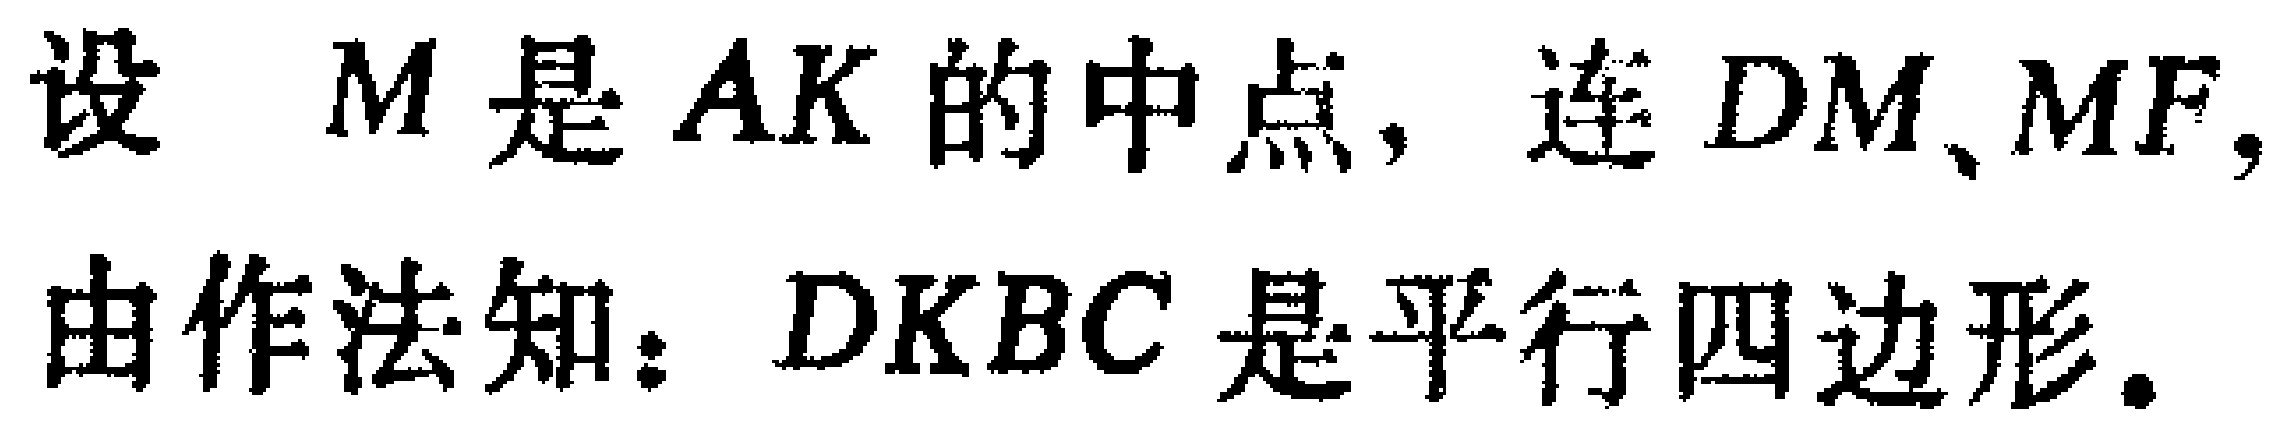
设 \(M\) 是 \(AK\) 的中点，连 \(DM、MF\)，
由作法知：\(DKBC\) 是平行四边形。